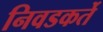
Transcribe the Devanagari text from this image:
निवडकर्ते